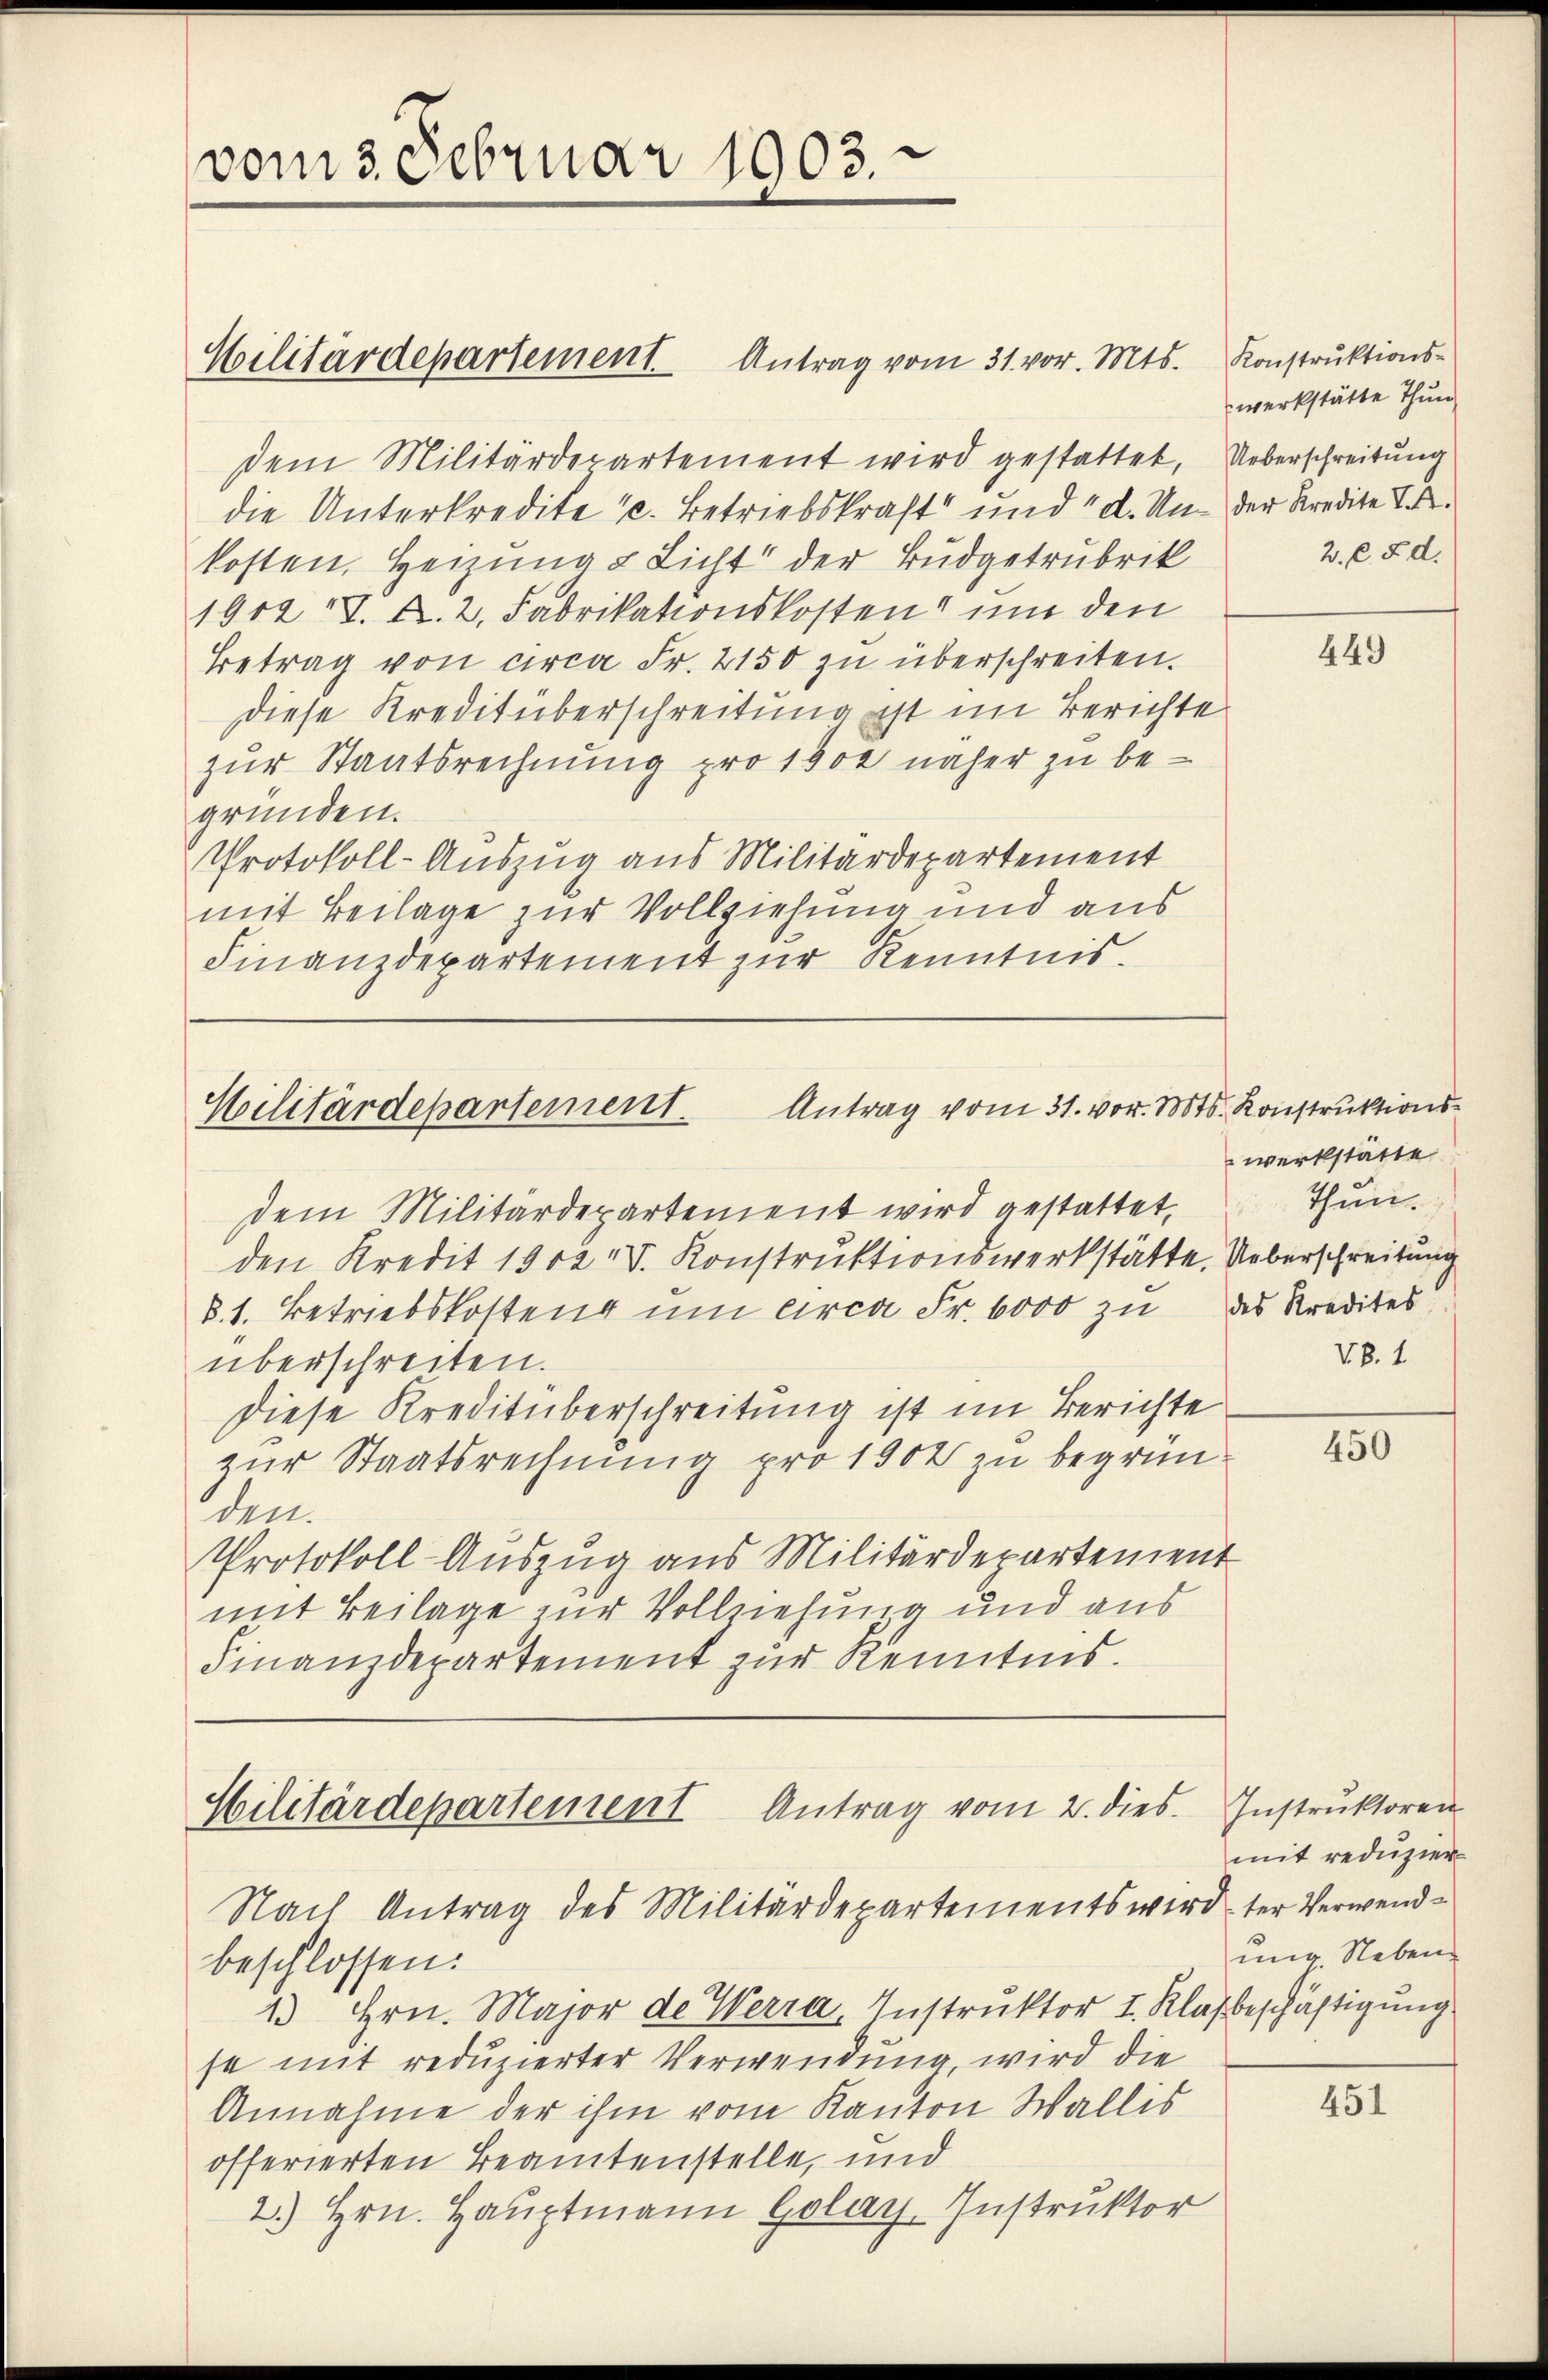
vom 3. Februar 1903.

Militärdepartement. Antrag vom 31. vor. Mts. Konstrŭktions-
dem Militärdepartement wird gestattet, Ueberschreitung
die Unterkredite u. Betriebskraft und d. Un- der Kredite T
kosten, Heizung & Licht der Budgetrubrik
1912 J. A. 2. Fabrikationskosten um den
Betrag von circa Fr. 2150 zu überschreiten.
Diese Kreditüberschreitung ist im Berichte
zur Staatsrechnung pro 1900 näher zu begründen.
Protokoll-Auszug aus Militärdepartement
mit Beilage zur Vollziehung und aus
Finanzdepartement zur Kenntnis.

Antrag vom 31. vor. Mts. Konstruktions-
Hilitärdepartement.
dem Militärdepartement wird gestattet, Thun.

den Kredit 1902 V. Konstruktionswerkstätte. Ueberschreibung
§. 1. Betriebskostenz um circa Fr. 6000 zu des Kredites
überschreiten.
Diese Kreditüberschreitung ist im Berichte
zur Staatsrechnung pro 1902 zu begründen.
Protokoll Auszug aus Militärdepartement
mit Beilage zur Vollziehung und aus
Finanzdepartement zur Kenntnis.

Hilitärdepartement Antrag vom 2. dies
Nach Antrag des Militärdepartements wird der Verwend¬

werkstätte Thun
2. C. 5. d.

beschlossen:
13 Hrn. Major de Werra, Instruktor I. Klafbeschäftigung
se mit reduzierter Verwendung, wird die
Annahme der ihm vom Kanton Wallis
offerierten Beamtenstelle, und
2.) Hrn. Hauptmann Golay. Instruktor

449

werkstätte
VS. 1

450

Instruktoren
mit reduzier
ung. Neben.

451